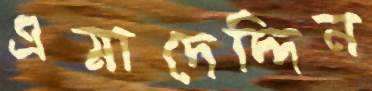
এমাদেদ্দিন